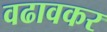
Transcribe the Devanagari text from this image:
वढावकर